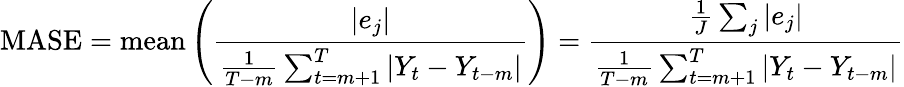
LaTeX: \mathrm{MASE}=\mathrm{mean}\left({\frac{\left|e_{j}\right|}{{\frac{1}{T-m}}\sum_{t=m+1}^{T}\left|Y_{t}-Y_{t-m}\right|}}\right)={\frac{{\frac{1}{J}}\sum_{j}\left|e_{j}\right|}{{\frac{1}{T-m}}\sum_{t=m+1}^{T}\left|Y_{t}-Y_{t-m}\right|}}